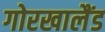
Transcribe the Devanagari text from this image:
गोरखालैंड